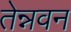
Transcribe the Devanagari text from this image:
तेन्नवन